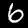
Label: 6